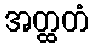
အတ္ထတံ